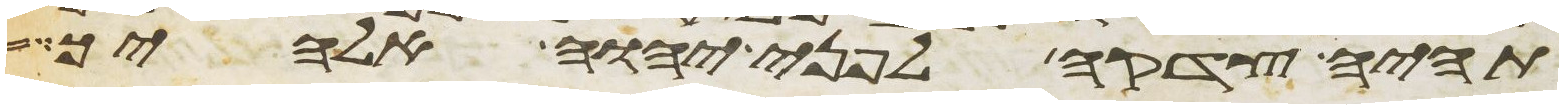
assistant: תהיה צדקה לפני יהוה אלהיך